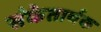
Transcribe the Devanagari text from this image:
संकेतार्थक